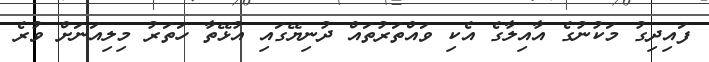
ފައިދިގު މަކުނުގެ އާއިލާގެ އެކި ވައްތަރުތައް ދުނިޔޭގައި އުޅޭތާ ހަތަރު މިލިއަނަށް ވުރެ